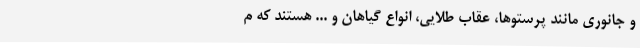
و جانوری مانند پرستوها، عقاب طلایی، انواع گیاهان و ... هستند که م